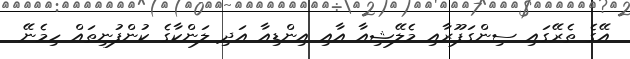
އޭގެ ތެރޭގައި ސިންގަޕޫރާއި މެލޭޝިއާ އާއި އިންޑިއާ އަދި ލަންކާގެ ކުންފުނިތައް ހިމެނޭ